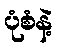
ပုံစံနဲ့